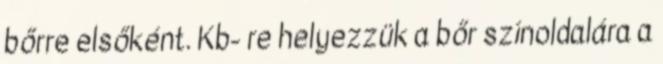
bőrre elsőként. Kb- re helyezzük a bőr színoldalára a